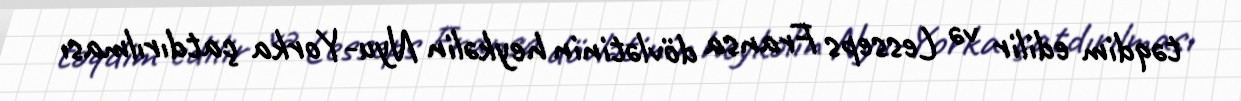
təqdim edilir və Lesseps Fransa dövlətinin heykəlin Nyu-Yorka çatdırılması